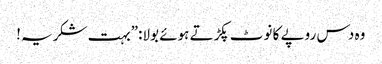
وہ دس روپے کا نوٹ پکڑتے ہوئے بولا:”بہت شکریہ!